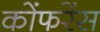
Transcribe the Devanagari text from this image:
कोंफरेंस